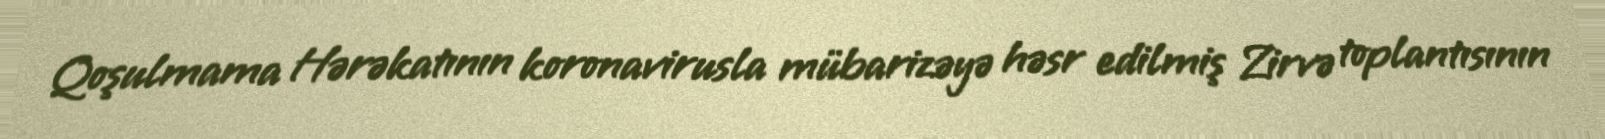
Qoşulmama Hərəkatının koronavirusla mübarizəyə həsr edilmiş Zirvə toplantısının